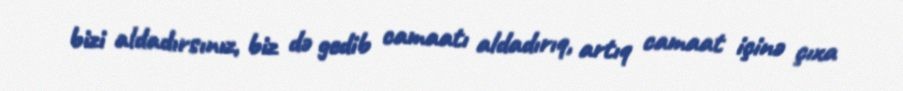
bizi aldadırsınız, biz də gedib camaatı aldadırıq, artıq camaat içinə çıxa